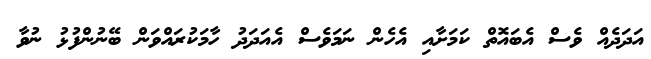
އަދަދެއް ވެސް އެބައޮތް ކަމަށާއި އެހެން ނަމަވެސް އެއަދަދު ހާމަކުރައްވަން ބޭނުންފުޅު ނުވާ